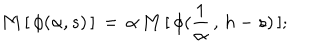
LaTeX: \mathbf { M } \, [ \, \phi ( \alpha , s ) \, ] \, = \, \alpha \, \mathbf { M } \, [ \, \phi ( \frac { 1 } { \alpha } \, , \, h - s ) \, ] ;